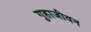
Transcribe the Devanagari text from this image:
गुहाजीवन